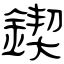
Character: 鍥